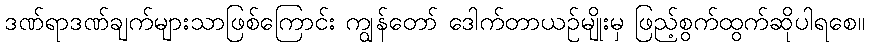
ဒဏ်ရာဒဏ်ချက်များသာဖြစ်ကြောင်း ကျွန်တော် ဒေါက်တာယဉ်မျိုးမှ ဖြည့်စွက်ထွက်ဆိုပါရစေ။